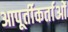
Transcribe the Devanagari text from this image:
आपूर्तीकर्ताओं